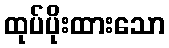
ထုပ်ပိုးထားသော